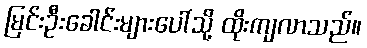
မြင်းဦးခေါင်းများပေါ်သို့ ထိုးကျလာသည်။